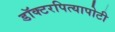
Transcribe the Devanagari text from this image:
डॉक्टरपित्यापोटी